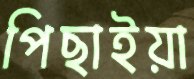
পিছাইয়া